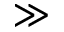
\gg